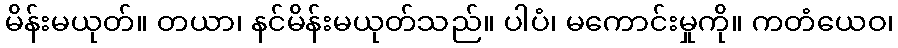
မိန်းမယုတ်။ တယာ၊ နင်မိန်းမယုတ်သည်။ ပါပံ၊ မကောင်းမှုကို။ ကတံယေဝ၊